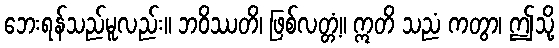
ဘေးရန်သည်မူလည်း။ ဘဝိဿတိ၊ ဖြစ်လတ္တံ့။ ဣတိ သညံ ကတွာ၊ ဤသို့